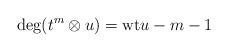
LaTeX: \begin{align*}\mbox{deg}(t^m\otimes u)=\mbox{wt}u-m-1 \end{align*}